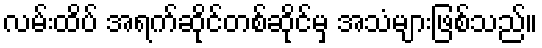
လမ်းထိပ် အရက်ဆိုင်တစ်ဆိုင်မှ အသံများဖြစ်သည်။